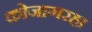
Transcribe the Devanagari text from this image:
कोजागरहा